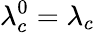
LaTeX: \lambda_{c}^{0}=\lambda_{c}